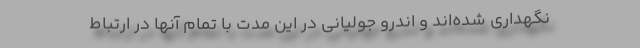
نگهداری شده‌اند و اندرو جولیانی در این مدت با تمام آنها در ارتباط